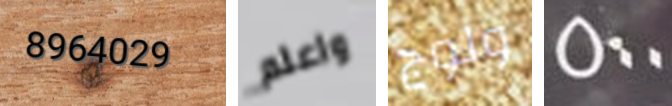
8964029 واعلم ولوج 500